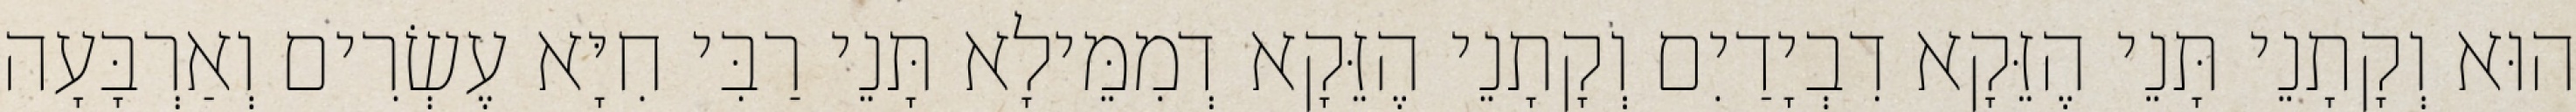
הוּא וְקָתָנֵי תָּנֵי הֶזֵּקָא דִבְיָדַיִם וְקָתָנֵי הֶזֵּקָא דְמִמֵּילָא תָּנֵי רַבִּי חִיָּא עֶשְׂרִים וְאַרְבָּעָה